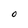
Character: O